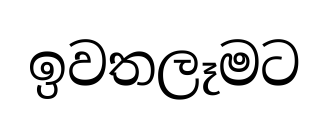
ඉවතලෑමට